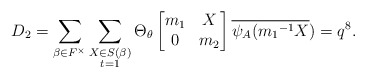
\begin{align*} D_2=\displaystyle \sum_{\beta \in F^{\times}} \sum_{\substack{X\in S(\beta) \\ t=1 }}\Theta_{\theta} \begin{bmatrix} m_1 & X\\0 & m_2\end{bmatrix}\overline{\psi_A({m_1}^{-1}X})=q^8.\end{align*}